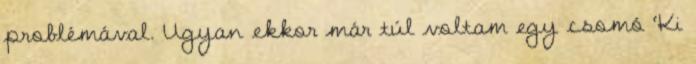
problémával. Ugyan ekkor már túl voltam egy csomó ‘Ki